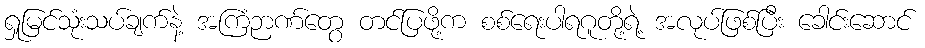
ရှုမြင်သုံးသပ်ချက်နဲ့ အကြံဉာဏ်တွေ တင်ပြဖို့က စစ်ရေးပါရဂူတို့ရဲ့ အလုပ်ဖြစ်ပြီး ခေါင်းဆောင်